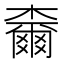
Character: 𣝧